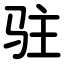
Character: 驻